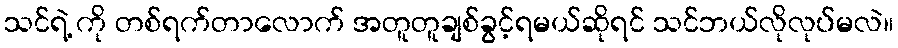
သင်ရဲ့ ကို တစ်ရက်တာလောက် အတူတူချစ်ခွင့်ရမယ်ဆိုရင် သင်ဘယ်လိုလုပ်မလဲ။